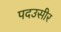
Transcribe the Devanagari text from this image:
पदउसीर